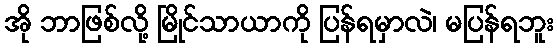
အို ဘာဖြစ်လို့ မြိုင်သာယာကို ပြန်ရမှာလဲ၊ မပြန်ရဘူး